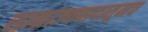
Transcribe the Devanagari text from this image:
साम्राज्यवादातूनच